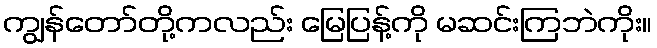
ကျွန်တော်တို့ကလည်း မြေပြန့်ကို မဆင်းကြဘဲကိုး။